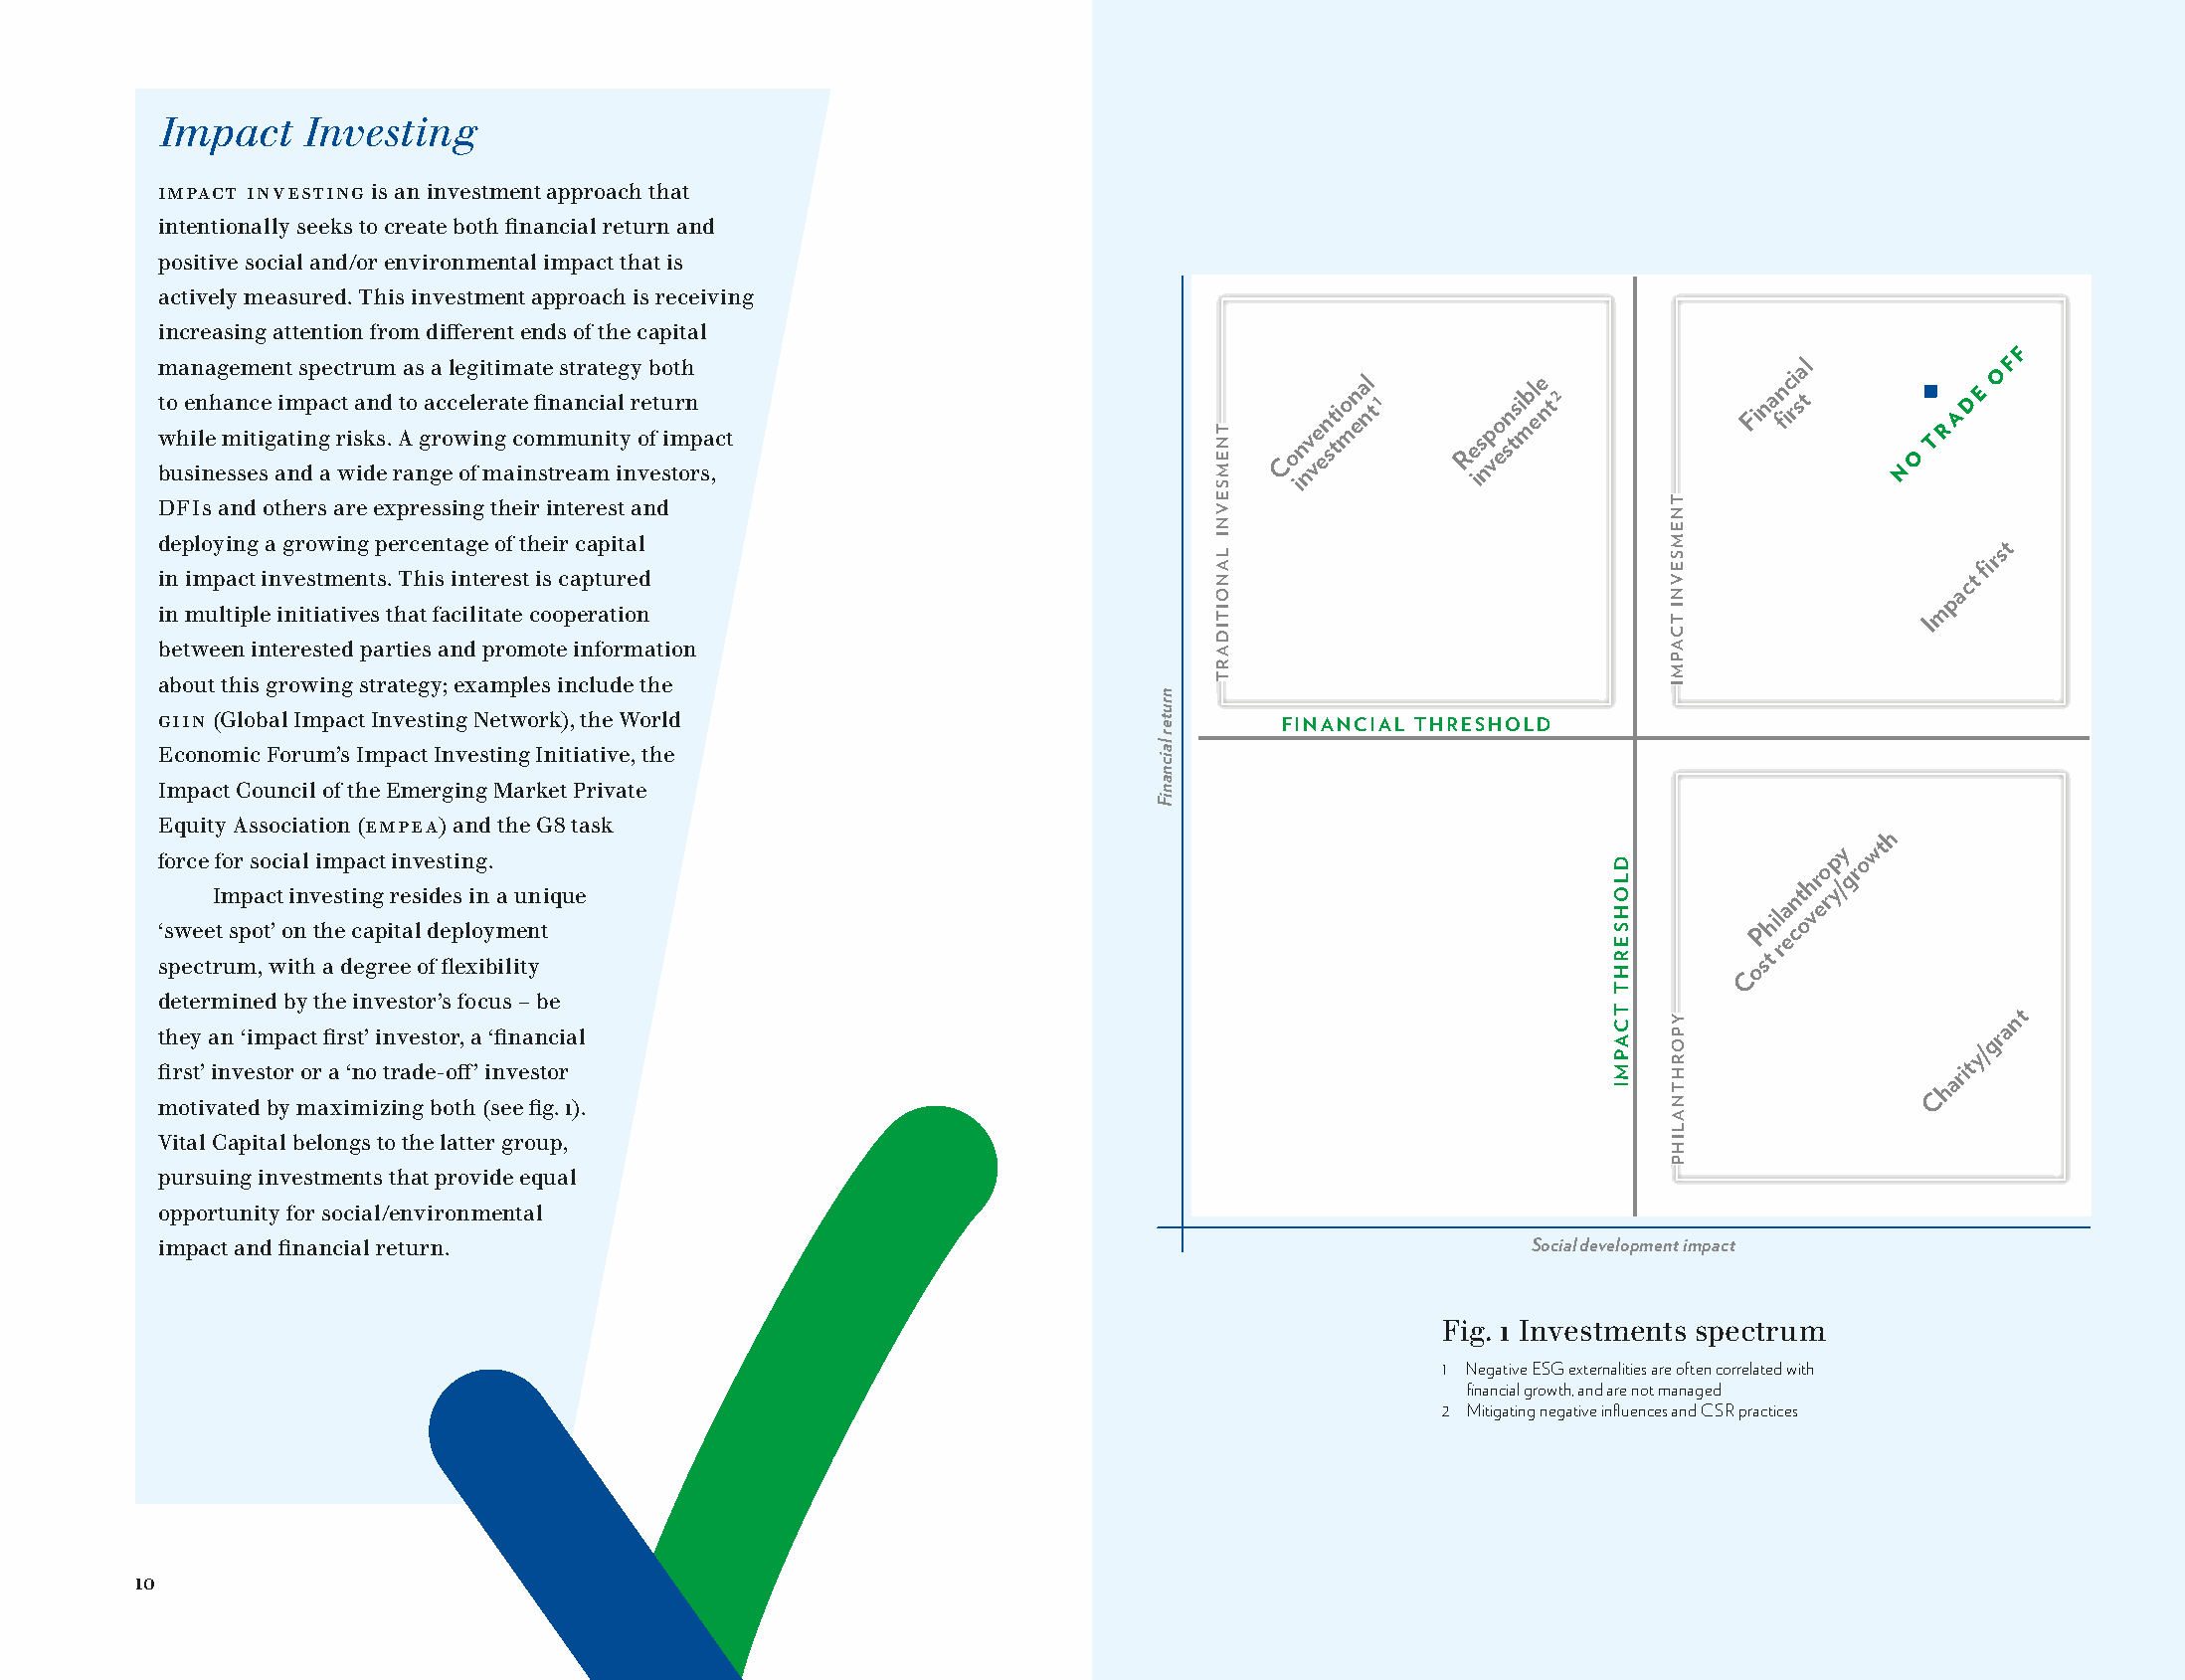
Impact   Investing
 Impact investing is an investment approach that
 intentionally seeks to create both financial return and
 positive social and/or environmental impact that is
 actively measured. This investment approach is receiving
 increasing attention from different ends of the capital
 m t
 w
 bo
 uh
 a e sin in
 l
 na eh
 e
 g ma se n sm
 i
 ec
 ti
 see
 g
 n aaimt
 nt
 is dnpp ga ae c c
 r
 wtt
 i
 r sa iu
 k
 dn
 s
 em d
 .
 r
 Ata ao s
 n
 ga ga rc
 eo
 cl we e og l fie i
 n
 mt r gi am
 a
 t
 c
 iea
 o
 n
 fit
 m
 se tn rms a et n ur aa c mnt i ie a
 t
 ig l
 y
 n
 y r
 o
 ve b eft uo
 sim
 tt r oh n
 p
 r
 sa ,c t
 Co
 in nv ve
 en st tio mn ea nl t 1
 Re is np
 vo esn tsi mbl ee n t 2 Finan fic ri sa tl
 N
 O
 T R
 A D E O
 FF
 DFIs and others are expressing their interest and
 deploying a growing percentage of their capital                                                                           st
 fir
 in impact investments. This interest is captured                                                                        t
 c
 a
 p
 in multiple initiatives that facilitate cooperation                                                                   m
 I
 between interested parties and promote information
 about this growing strategy; examples include the
 GIIN (Global Impact Investing Network), the World
 FINANCIAL THRESHOLD
 Economic Forum’s Impact Investing Initiative, the
 Impact Council of the Emerging Market Private
 Equity Association (EMPEA) and the G8 task
 h
 y  wt
 f orce If mor
 p
 s ao cc ti ia nl vi em sp tia nc gt rin esv ie ds et sin ig n.
 a unique
 anthr
 eo ryp /gro
 ‘sweet spot’ on the capital deployment
 Phil ecov
 spectrum, with a degree of flexibility
 ost
 r
 C
 determined by the investor’s focus – be
 nt
 a
 they an ‘impact first’ investor, a ‘financial                                                                            gr
 y/
 first’ investor or a ‘no trade-off’ investor                                                                           arit
 h
 C
 motivated by maximizing both (see fig. 1).
 Vital Capital belongs to the latter group,
 pursuing investments that provide equal
 opportunity for social/environmental
 impact and financial return.                                                               Social development impact
 Fig. 1 Investments spectrum
 1 Negative ESG externalities are often correlated with
 financial growth, and are not managed
 2 Mitigating negative influences and CSR practices
 10
 nruter
 laicnaniF
 TNEMSEVNI
 LANOITIDART
 DLOHSERHT
 TCAPMI
 TNEMSEVNI
 TCAPMI
 YPORHTNALIHP